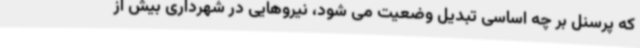
که پرسنل بر چه اساسی تبدیل وضعیت می شود، نیروهایی در شهرداری بیش از